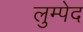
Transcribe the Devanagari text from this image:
लुम्पेद